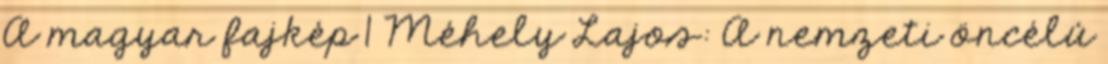
A magyar fajkép 1 Méhely Lajos: A nemzeti öncélú